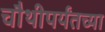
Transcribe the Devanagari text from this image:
चौथीपर्यंतच्या